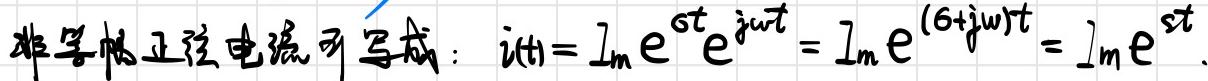
非等幅正弦电流可写成：$i(t) = \mathrm{Im} e^{st} e^{j\omega t} = \mathrm{Im} e^{(s + j\omega)t} = \mathrm{Im} e^{st}.$